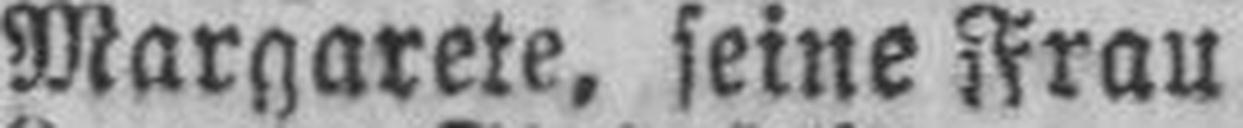
Margarete, seine Frau